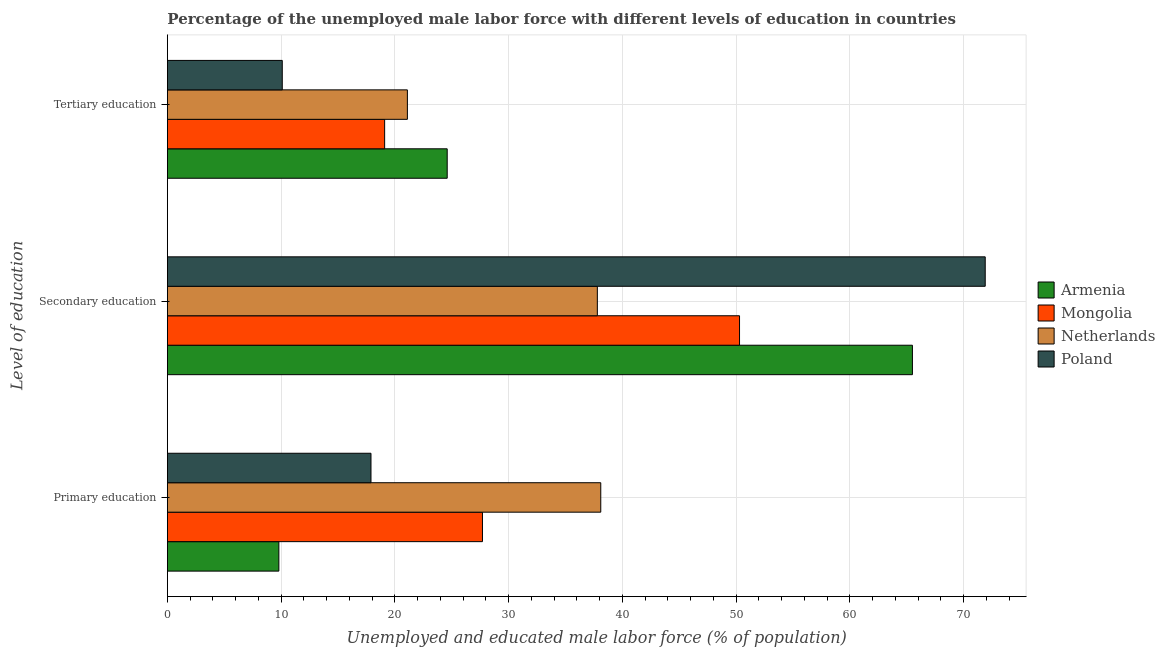
| Level of education | Armenia | Mongolia | Netherlands | Poland |
 | --- | --- | --- | --- | --- |
 | Primary education | 9.8 | 27.7 | 38.1 | 17.9 |
 | Secondary education | 65.5 | 50.3 | 37.8 | 71.9 |
 | Tertiary education | 24.6 | 19.1 | 21.1 | 10.1 |